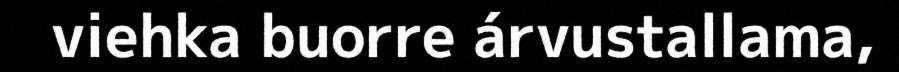
viehka buorre árvustallama,